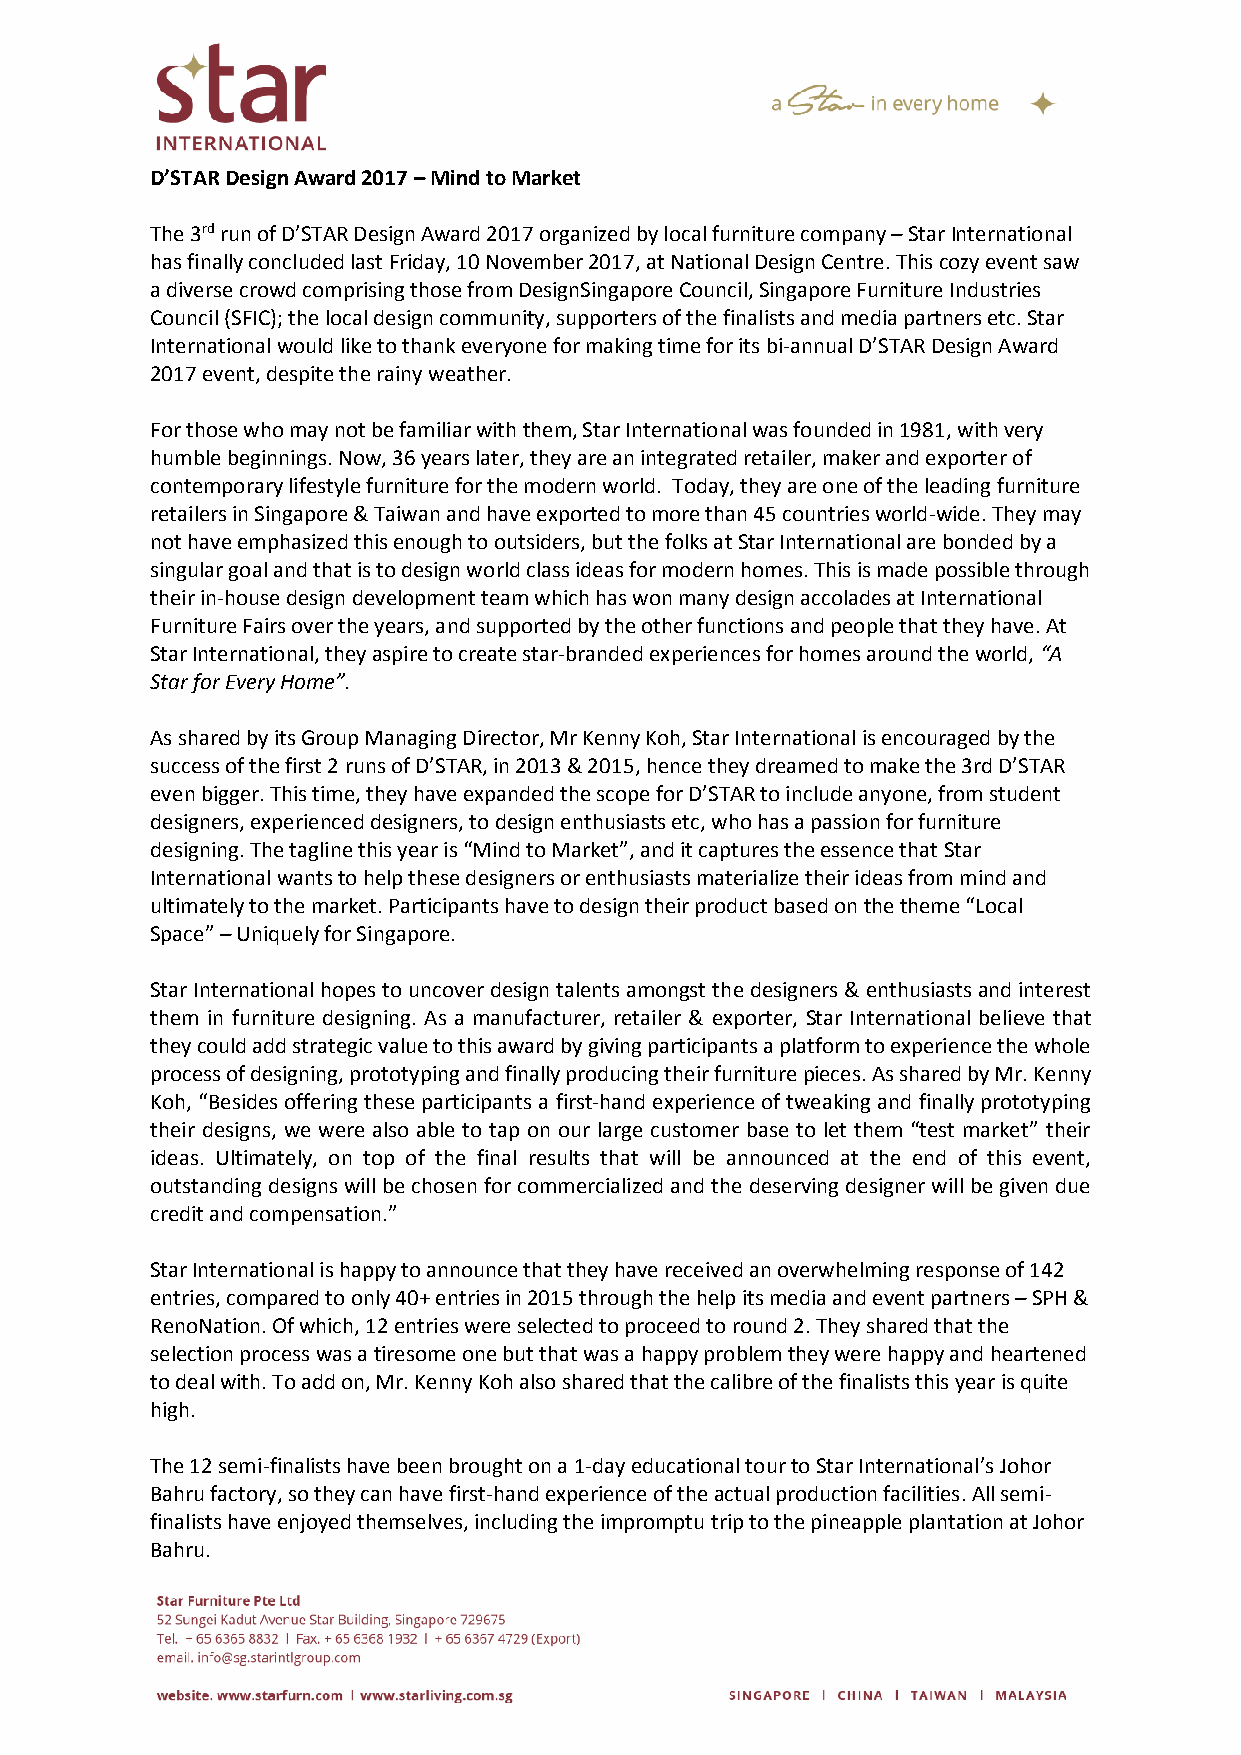
D’STAR Design Award 2017 – Mind to Market
 The 3rd run of D’STAR Design Award 2017 organized by local furniture company – Star International
 has finally concluded last Friday, 10 November 2017, at National Design Centre. This cozy event saw
 a diverse crowd comprising those from DesignSingapore Council, Singapore Furniture Industries
 Council (SFIC); the local design community, supporters of the finalists and media partners etc. Star
 International would like to thank everyone for making time for its bi-annual D’STAR Design Award
 2017 event, despite the rainy weather.
 For those who may not be familiar with them, Star International was founded in 1981, with very
 humble beginnings. Now, 36 years later, they are an integrated retailer, maker and exporter of
 contemporary lifestyle furniture for the modern world. Today, they are one of the leading furniture
 retailers in Singapore & Taiwan and have exported to more than 45 countries world-wide. They may
 not have emphasized this enough to outsiders, but the folks at Star International are bonded by a
 singular goal and that is to design world class ideas for modern homes. This is made possible through
 their in-house design development team which has won many design accolades at International
 Furniture Fairs over the years, and supported by the other functions and people that they have. At
 Star International, they aspire to create star-branded experiences for homes around the world, “A
 Star for Every Home”.
 As shared by its Group Managing Director, Mr Kenny Koh, Star International is encouraged by the
 success of the first 2 runs of D’STAR, in 2013 & 2015, hence they dreamed to make the 3rd D’STAR
 even bigger. This time, they have expanded the scope for D’STAR to include anyone, from student
 designers, experienced designers, to design enthusiasts etc, who has a passion for furniture
 designing. The tagline this year is “Mind to Market”, and it captures the essence that Star
 International wants to help these designers or enthusiasts materialize their ideas from mind and
 ultimately to the market. Participants have to design their product based on the theme “Local
 Space” – Uniquely for Singapore.
 Star International hopes to uncover design talents amongst the designers & enthusiasts and interest
 them in furniture designing. As a manufacturer, retailer & exporter, Star International believe that
 they could add strategic value to this award by giving participants a platform to experience the whole
 process of designing, prototyping and finally producing their furniture pieces. As shared by Mr. Kenny
 Koh, “Besides offering these participants a first-hand experience of tweaking and finally prototyping
 their designs, we were also able to tap on our large customer base to let them “test market” their
 ideas. Ultimately, on top of the final results that will be announced at the end of this event,
 outstanding designs will be chosen for commercialized and the deserving designer will be given due
 credit and compensation.”
 Star International is happy to announce that they have received an overwhelming response of 142
 entries, compared to only 40+ entries in 2015 through the help its media and event partners – SPH &
 RenoNation. Of which, 12 entries were selected to proceed to round 2. They shared that the
 selection process was a tiresome one but that was a happy problem they were happy and heartened
 to deal with. To add on, Mr. Kenny Koh also shared that the calibre of the finalists this year is quite
 high.
 The 12 semi-finalists have been brought on a 1-day educational tour to Star International’s Johor
 Bahru factory, so they can have first-hand experience of the actual production facilities. All semi-
 finalists have enjoyed themselves, including the impromptu trip to the pineapple plantation at Johor
 Bahru.